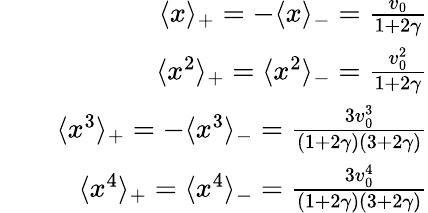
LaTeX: \begin{array}{rlr}&{}&{\langle x\rangle_{+}=-\langle x\rangle_{-}=\frac{v_{0}}{1+2\gamma}}\\ &{}&{\langle x^{2}\rangle_{+}=\langle x^{2}\rangle_{-}=\frac{v_{0}^{2}}{1+2\gamma}}\\ &{}&{\langle x^{3}\rangle_{+}=-\langle x^{3}\rangle_{-}=\frac{3v_{0}^{3}}{(1+2\gamma)(3+2\gamma)}}\\ &{}&{\langle x^{4}\rangle_{+}=\langle x^{4}\rangle_{-}=\frac{3v_{0}^{4}}{(1+2\gamma)(3+2\gamma)}}\end{array}